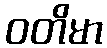
ဝတိမာ